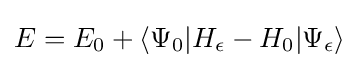
E=E_{0}+\langle \Psi _{0}|H_{\epsilon }-H_{0}|\Psi _{\epsilon }\rangle